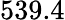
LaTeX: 539.4